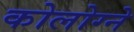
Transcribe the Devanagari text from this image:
कोलोग्ने